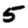
Digit: 5